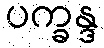
ပက္ခန္ဒ